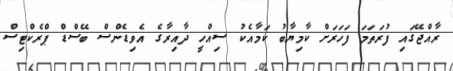
ރާއްޖޭގައި ފުރަތަމަ ފަހަރަށް ކާމިޔާބު ކަމާއެކު ސިއްހީ ދާއިރާގެ އެވިޑެންސް ބޭސްޑް ޕްރެކްޓިސް